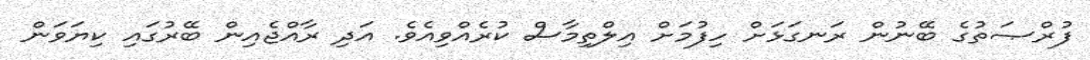
ފުރްޞަތުގެ ބޭނުން ރަނގަޅަށް ހިފުމަށް އިލްތިމާސް ކުރެއްވިއެވެ. އަދި ރާއްޖެއިން ބޭރުގައި ކިޔަވަން